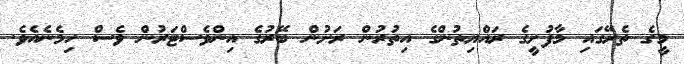
މީގެ ތެރޭގައި މާފުށީގެ ރައްޔިތުންގެ އިތުރުން ރަށުން ބޭރުގެ އިންވެސްޓަރުން ވެސް ހިމެނެއެވެ.